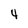
Character: 4